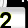
Digit: 2